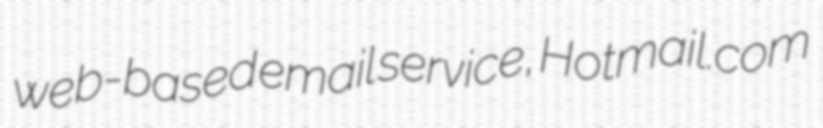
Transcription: web-based email service, Hotmail.com